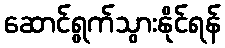
ဆောင်ရွက်သွားနိုင်ရန်